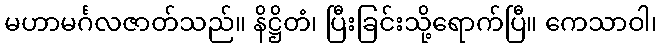
မဟာမင်္ဂလဇာတ်သည်။ နိဋ္ဌိတံ၊ ပြီးခြင်းသို့ရောက်ပြီ။ ကေသာဝါ၊